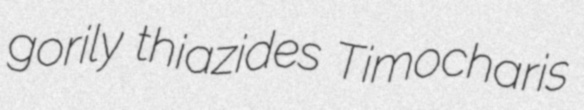
gorily thiazides Timocharis